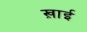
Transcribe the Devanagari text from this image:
ख़ाई